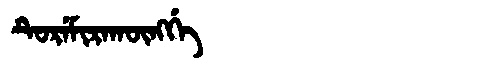
Manchu: ᡨᡠᡵᡝᠮᡳᡵᠠᡴᡡᠩᡤᡝ
Romanization: TUREMIRAKŪNGGE